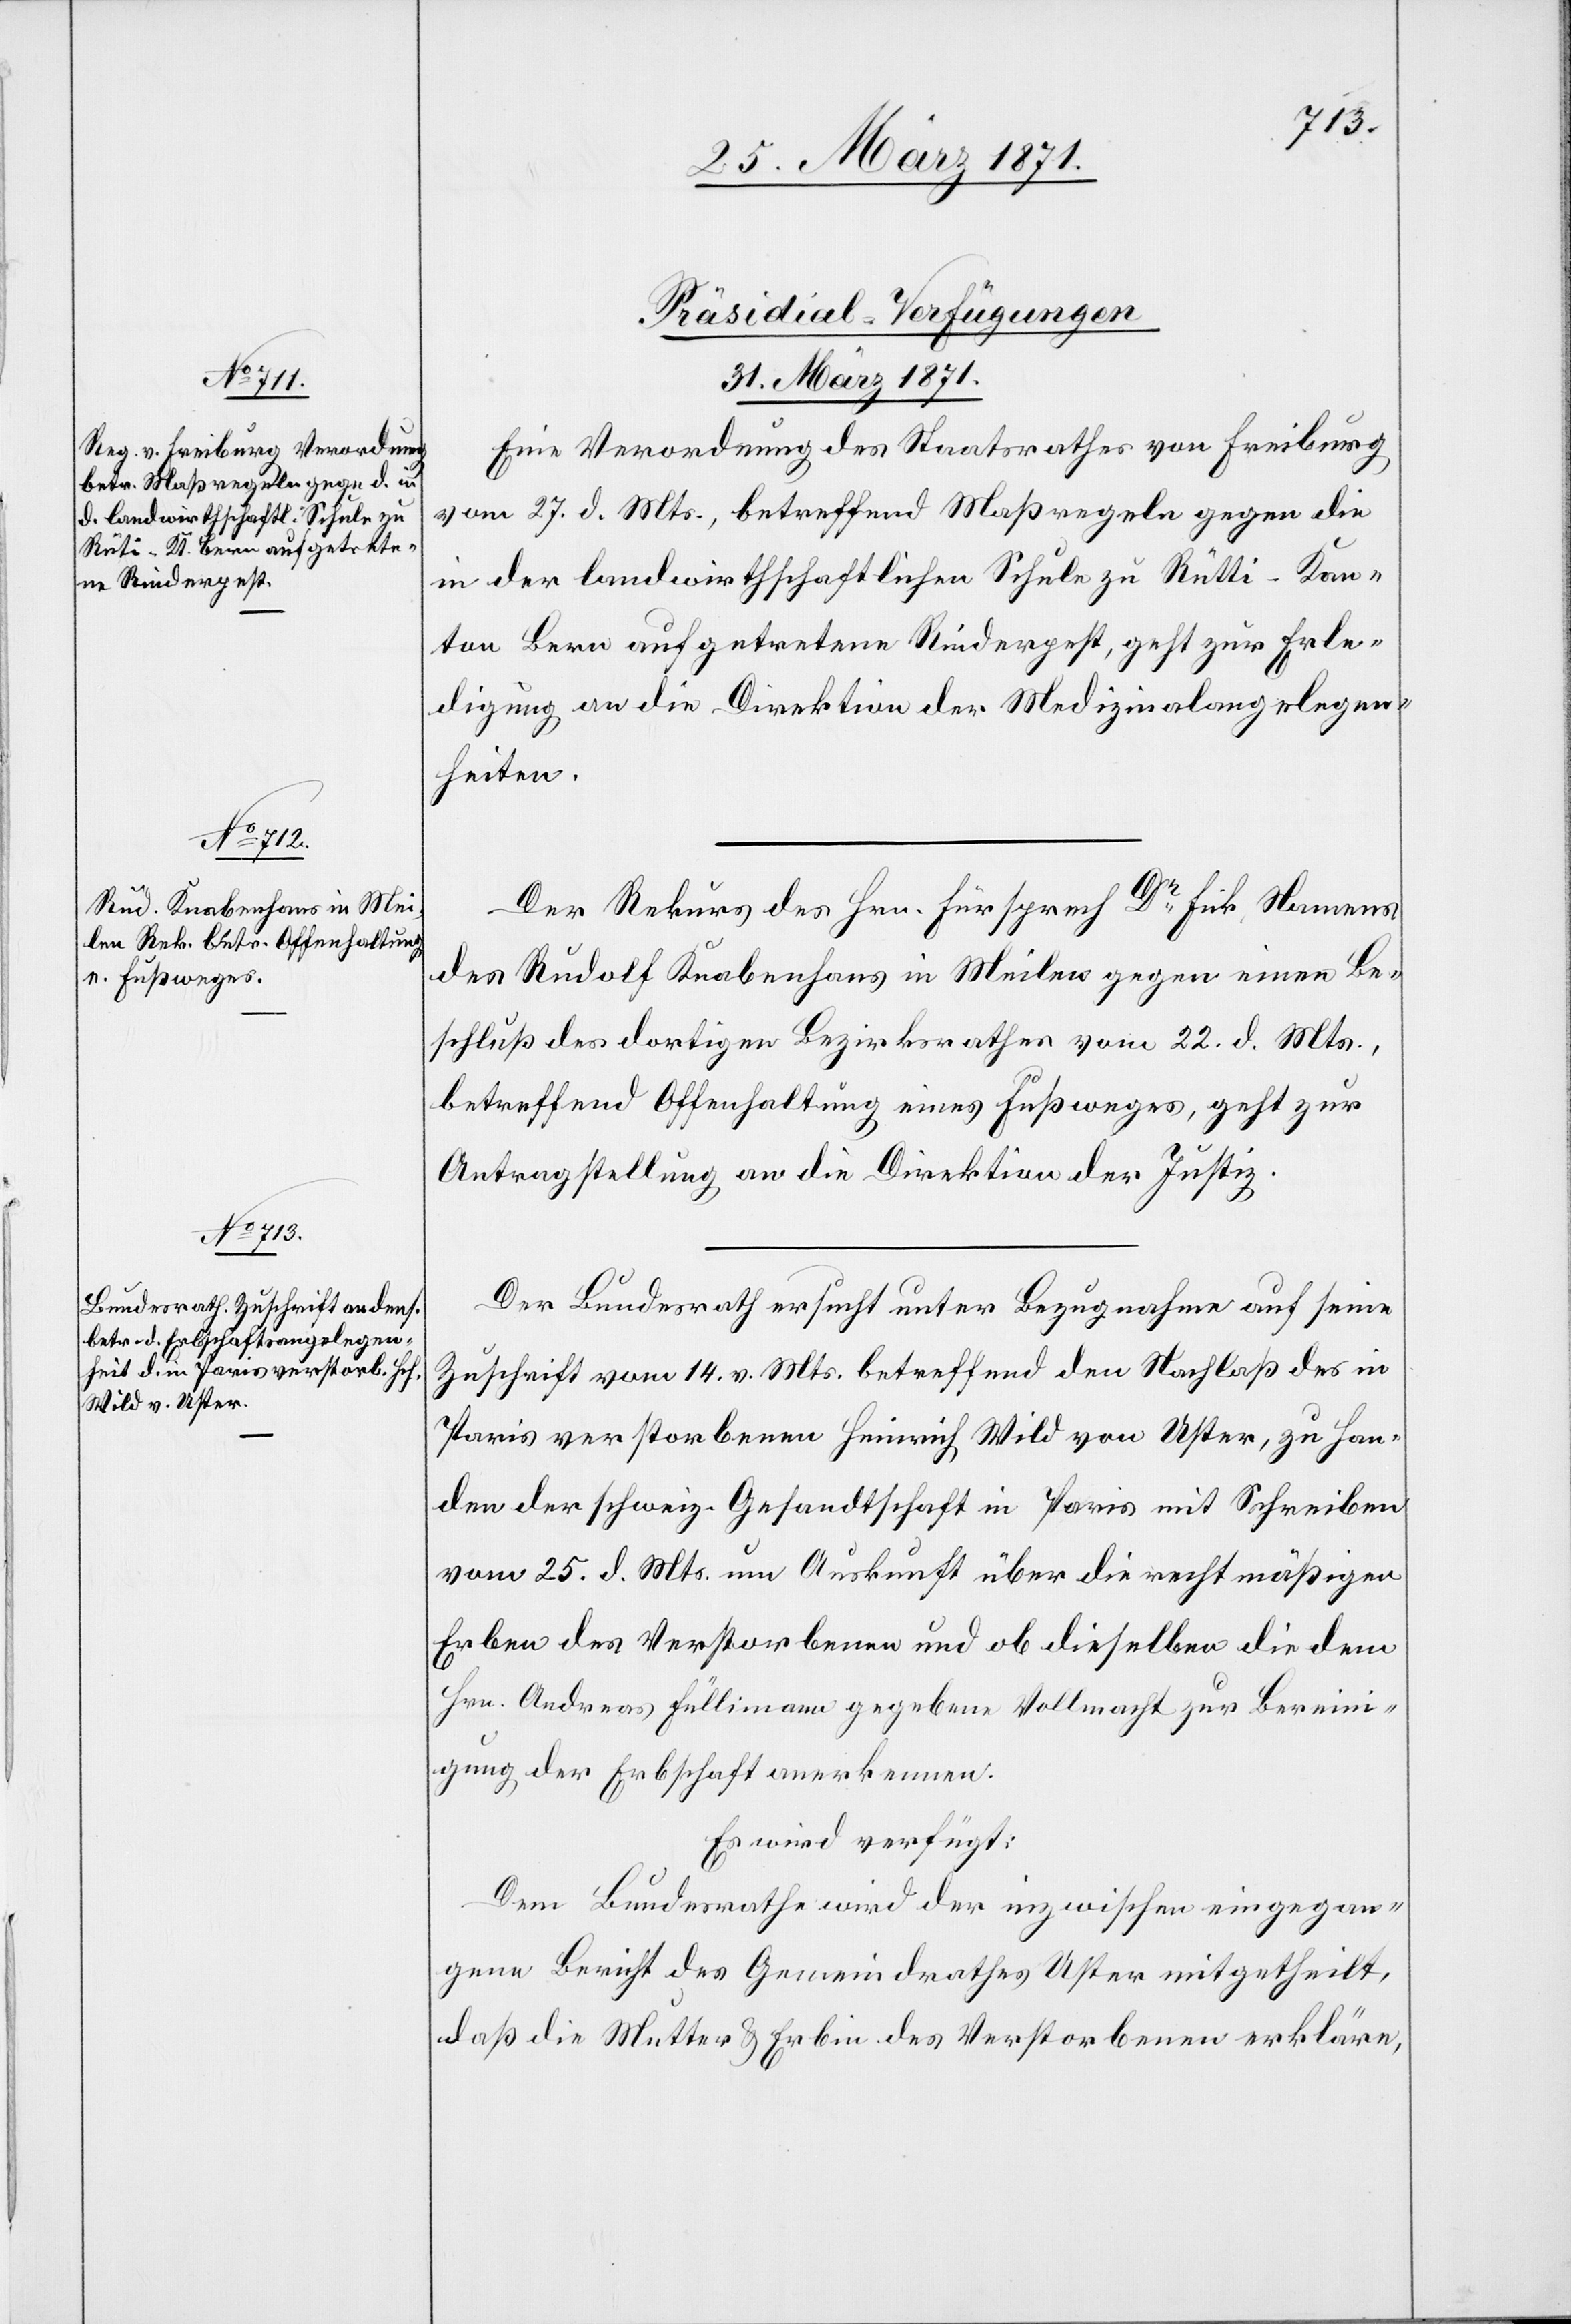
[Präsidial-Verfügungen
30. März 1871.]
Eine Verordnung des Staatsrathes von Freiburg
vom 27. d. Mts., betreffend Maßregeln gegen die
in der landwirthschaftlichen Schule zu Rütti [sic!]
Kanton Bern aufgetretene Rinderpest, geht zur Erle¬
digung an die Direktion der Medizinalangelegen¬
heiten.
Der Rekurs des Hrn. Fürsprech Dr. Fick Namens
des Rudolf Knabenhans in Meilen gegen einen Be¬
schluß des dortigen Bezirksrathes vom 22. d. Mts.,
betreffend Offenhaltung eines Fußweges, geht zur
Antragstellung an die Direktion der Justiz.
Der Bundesrath ersucht unter Bezugnahme auf seine
Zuschrift vom 14. v. Mts. betreffend den Nachlaß des in
Paris verstorbenen Heinrich Wild von Uster, zu Han¬
den der schweiz. Gesandtschaft in Paris mit Schreiben
vom 25. d. Mts. um Auskunft über die rechtmäßigen
Erben des Verstorbenen und ob dieselben die dem
Hrn. Andreas Füllimann gegebene Vollmacht zur Berein¬
igung der Erbschaft anerkennen.
Es wird verfügt:
Dem Bundesrathe wird der inzwischen eingegan¬
gene Bericht des Gemeindrathes Uster mitgetheilt,
daß die Mutter u. Erbin des Verstorbenen erkläre,